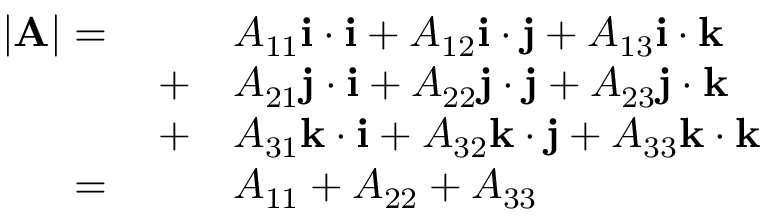
{ \begin{array} { r l } { | \mathbf { A } | = \qquad } & { A _ { 1 1 } \mathbf { i } \cdot \mathbf { i } + A _ { 1 2 } \mathbf { i } \cdot \mathbf { j } + A _ { 1 3 } \mathbf { i } \cdot \mathbf { k } } \\ { + } & { A _ { 2 1 } \mathbf { j } \cdot \mathbf { i } + A _ { 2 2 } \mathbf { j } \cdot \mathbf { j } + A _ { 2 3 } \mathbf { j } \cdot \mathbf { k } } \\ { + } & { A _ { 3 1 } \mathbf { k } \cdot \mathbf { i } + A _ { 3 2 } \mathbf { k } \cdot \mathbf { j } + A _ { 3 3 } \mathbf { k } \cdot \mathbf { k } } \\ { = \qquad } & { A _ { 1 1 } + A _ { 2 2 } + A _ { 3 3 } } \end{array} }